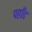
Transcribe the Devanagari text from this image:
पहाँड